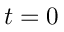
t = 0